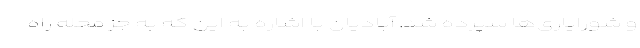
و شورایاری‌ها سپرده شد. آبادیان با اشاره به این که به جز محله راه